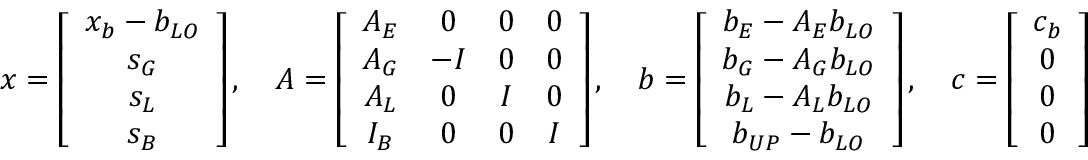
x = \left[ \begin{array} { c } { x _ { b } - b _ { L O } } \\ { s _ { G } } \\ { s _ { L } } \\ { s _ { B } } \end{array} \right] , \quad A = \left[ \begin{array} { c c c c } { A _ { E } } & { 0 } & { 0 } & { 0 } \\ { A _ { G } } & { - I } & { 0 } & { 0 } \\ { A _ { L } } & { 0 } & { I } & { 0 } \\ { I _ { B } } & { 0 } & { 0 } & { I } \end{array} \right] , \quad b = \left[ \begin{array} { c } { b _ { E } - A _ { E } b _ { L O } } \\ { b _ { G } - A _ { G } b _ { L O } } \\ { b _ { L } - A _ { L } b _ { L O } } \\ { b _ { U P } - b _ { L O } } \end{array} \right] , \quad c = \left[ \begin{array} { c } { c _ { b } } \\ { 0 } \\ { 0 } \\ { 0 } \end{array} \right]